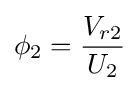
\phi _{2}={\frac {V_{r2}}{U_{2}}}